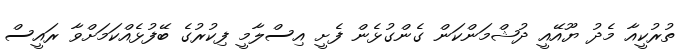
ތުރުކީއާ މެދު ޔޫއޭއީ ދުޝްމަންކަން ގެންގުޅެން ފެށީ އިސްލާމީ ފިކުރުގެ ބޭފުޅެއްކަމަށްވާ ރައީސް